Lunatic asylums Central Provinces reports 1886-1894 - 1886-1894
Year: 1886
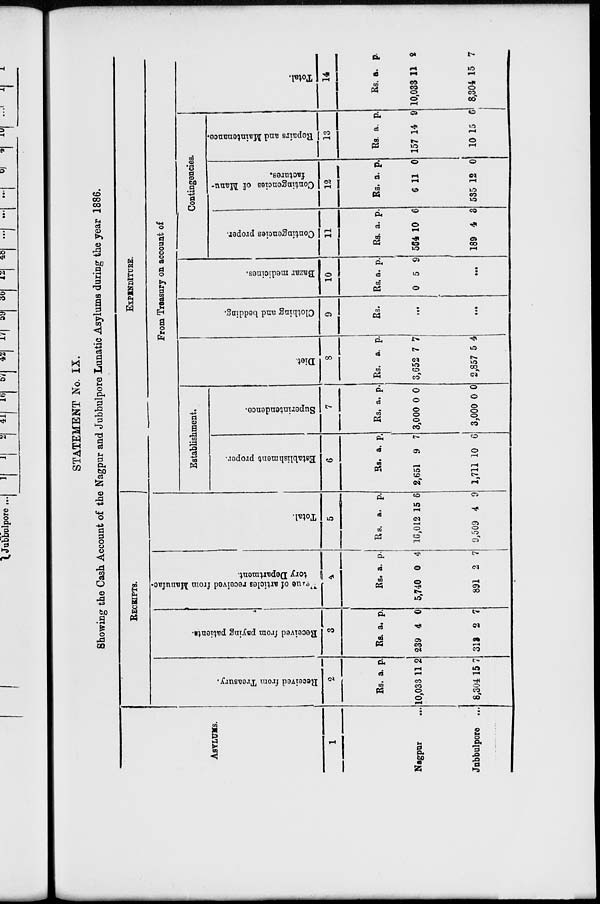
STATEMENT No. IX.
Showing the Cash Account of the Nagpur and Jubbulpore Lunatic Asylums during the year 1886.
ASYLUMS.
1
Nagpur ...
Jubbulpore ...
RECEIPTS.
Received from Treasury.
2
Rs.
10,033
8,304
a.
11
15
p.
2
7
Received from paying patients.
3
Rs.
239
313
a.
4
2
p.
0
7
Value
of articles received from Manufac-
tory Department.
4
Rs.
5,740
891
a.
0
2
p.
4
7
Total.
5
Rs.
16,012
9,509
a.
15
4
p.
6
9
EXPENDITURE.
From Treasury on account of
Establishment.
Establishment proper.
6
Rs.
2,651
1,711
a.
9
10
p.
7
6
Superintendence.
7
Rs.
3,000
3,000
a.
0
0
p.
0
0
Diet.
8
Rs.
3,652
2,857
a.
7
5
p.
7
4
Clothing and bedding.
9
Rs.
...
...
Bazar medicines.
10
Rs.
0
a.
5
p.
9
...
Contingencies.
Contingencies proper.
11
Rs.
564
189
a.
10
4
p.
6
3
Contingencies of Manu-
factures.
12
Rs.
6
535
a.
11
12
p.
0
0
Repairs and Maintenance.
13
Rs.
157
10
a.
14
15
p.
9
6
Total.
14
Rs.
10,033
8,304
a.
11
15
p.
2
7